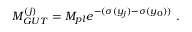
M _ { G U T } ^ { ( j ) } = M _ { p l } e ^ { - ( \sigma ( y _ { j } ) - \sigma ( y _ { 0 } ) ) } ~ . ~ \,